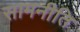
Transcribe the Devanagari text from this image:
सामनीति